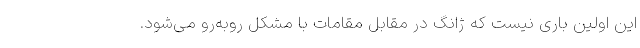
این اولین باری نیست که ژانگ در مقابل مقامات با مشکل روبه‌رو می‌شود.